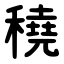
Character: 穘